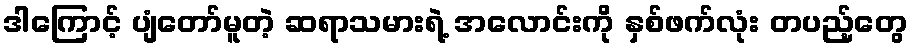
ဒါကြောင့် ပျံတော်မူတဲ့ ဆရာသမားရဲ့ အလောင်းကို နှစ်ဖက်လုံး တပည့်တွေ